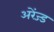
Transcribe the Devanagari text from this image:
अरेंज्ड